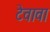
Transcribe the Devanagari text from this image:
टेवावा